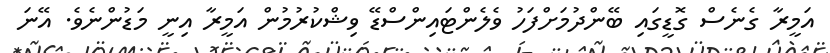
އަމީރާ ގެނެސް ގޮޑީގައި ބޭންދުމަށްފަހު ވެލެންޓައިންސްޑޭ ވިޝްކުރުމުން އަމީރާ އިނީ މަޑުންނެވެ. އޭނަ